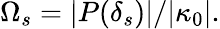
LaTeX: \Omega_{s}=|P(\delta_{s})|/|\kappa_{0}|.